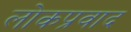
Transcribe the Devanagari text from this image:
लोकप्रवाद